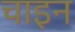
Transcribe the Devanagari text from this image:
चाइन